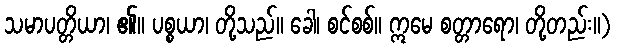
သမာပတ္တိယာ၊ ၏။ ပစ္စယာ၊ တို့သည်။ ခေါ၊ စင်စစ်။ ဣမေ စတ္တာရော၊ တို့တည်း။)